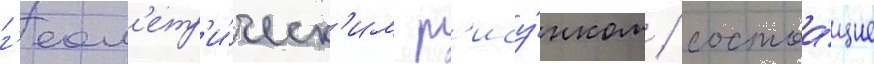
г'еом'етр'и́ческ'им р'ису́нком / состоа́щие